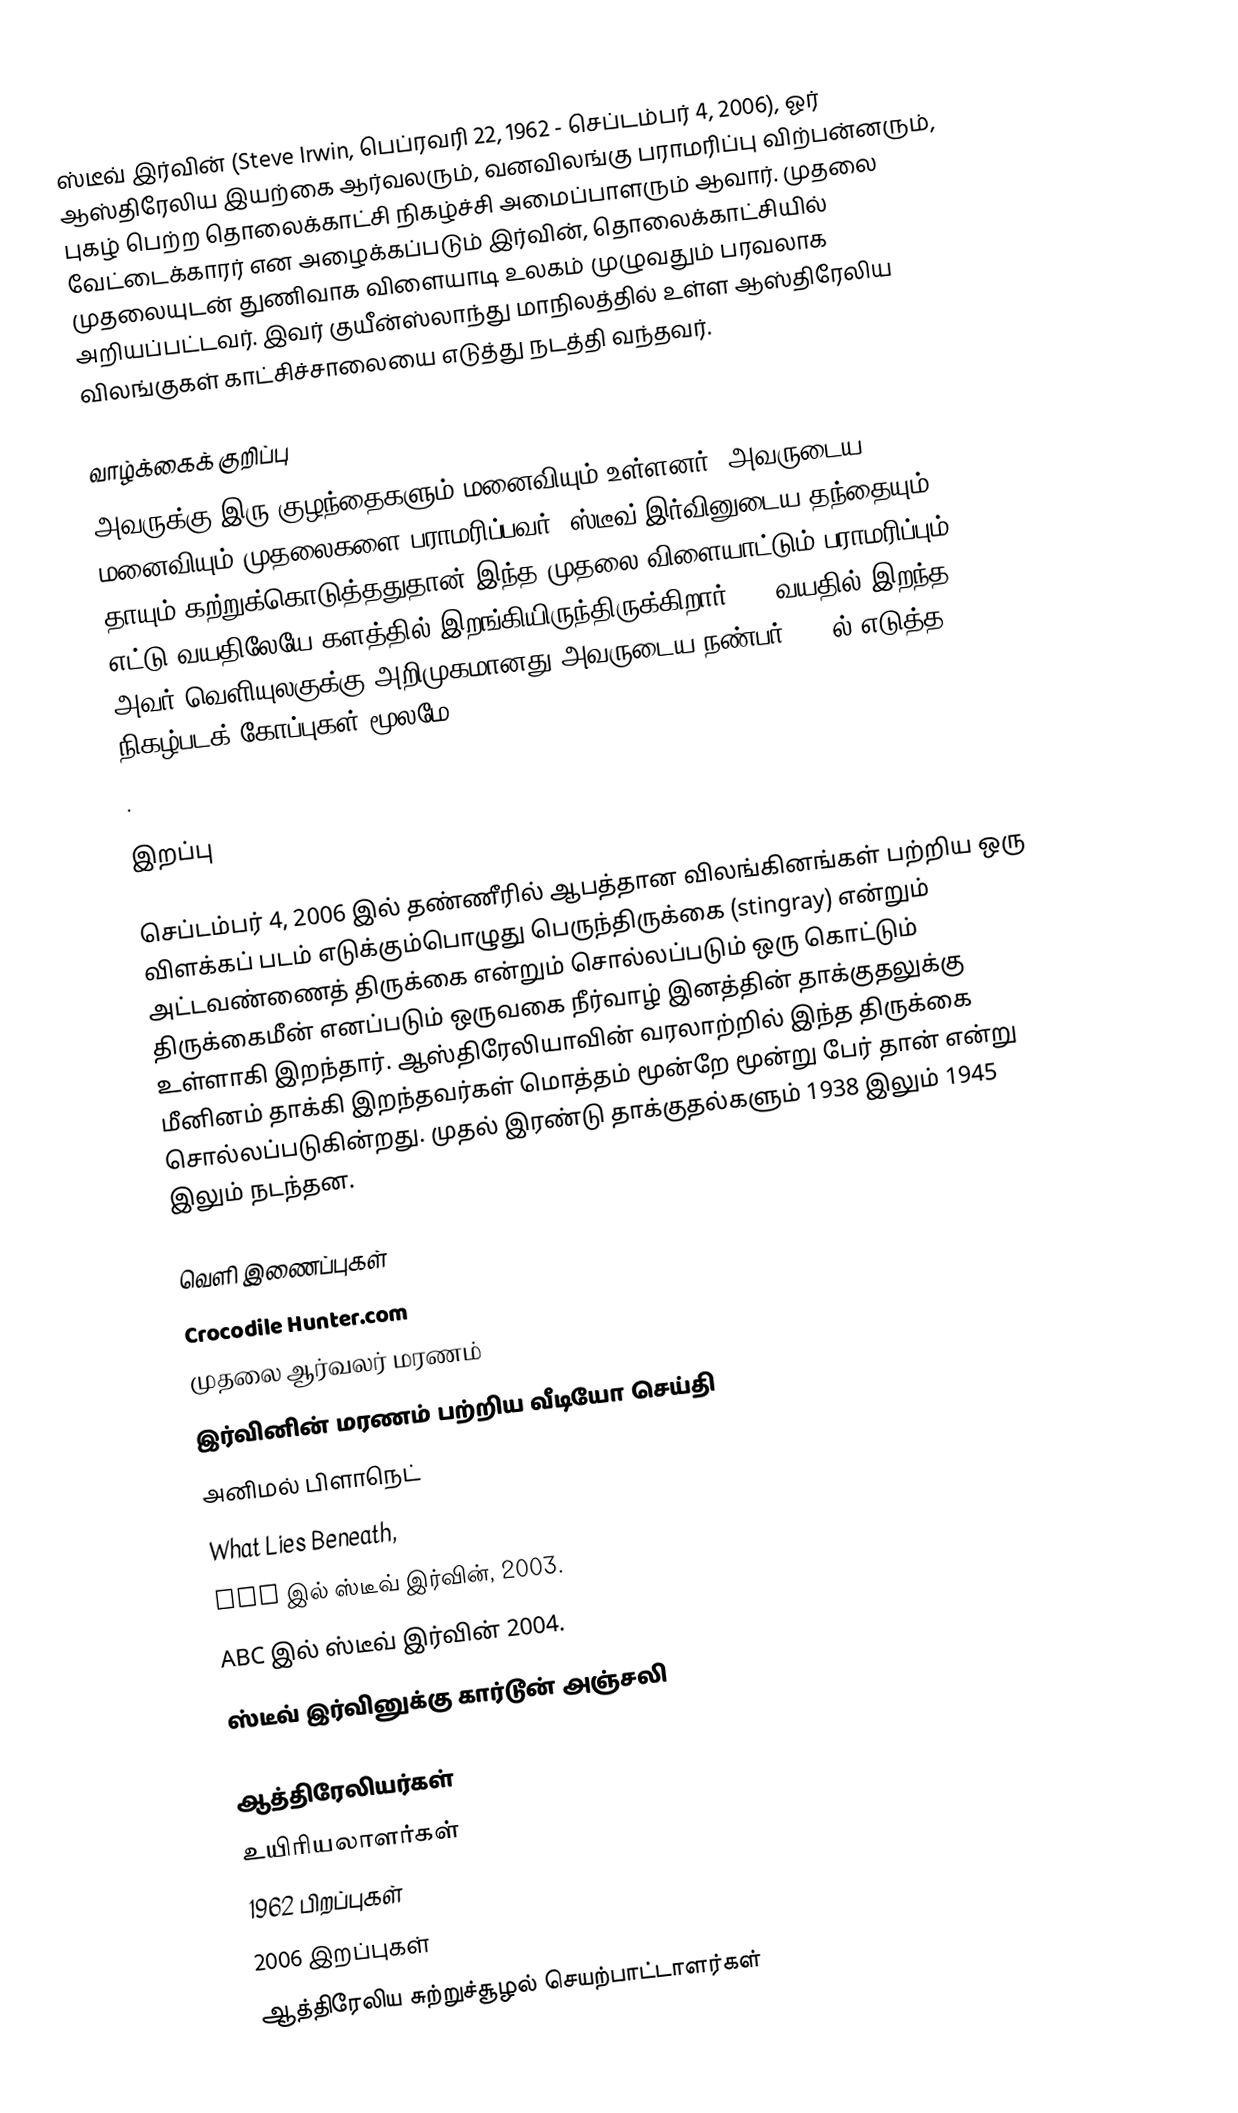
ஸ்டீவ் இர்வின் (Steve Irwin, பெப்ரவரி 22, 1962 - செப்டம்பர் 4, 2006), ஓர் ஆஸ்திரேலிய இயற்கை ஆர்வலரும், வனவிலங்கு பராமரிப்பு விற்பன்னரும், புகழ் பெற்ற தொலைக்காட்சி நிகழ்ச்சி அமைப்பாளரும் ஆவார். முதலை வேட்டைக்காரர் என அழைக்கப்படும் இர்வின், தொலைக்காட்சியில் முதலையுடன் துணிவாக விளையாடி உலகம் முழுவதும் பரவலாக அறியப்பட்டவர். இவர் குயீன்ஸ்லாந்து மாநிலத்தில் உள்ள ஆஸ்திரேலிய விலங்குகள் காட்சிச்சாலையை எடுத்து நடத்தி வந்தவர்.

வாழ்க்கைக் குறிப்பு
அவருக்கு இரு குழந்தைகளும் மனைவியும் உள்ளனர். அவருடைய மனைவியும் முதலைகளை பராமரிப்பவர். ஸ்டீவ் இர்வினுடைய தந்தையும் தாயும் கற்றுக்கொடுத்ததுதான் இந்த முதலை விளையாட்டும் பராமரிப்பும். எட்டு வயதிலேயே களத்தில் இறங்கியிருந்திருக்கிறார். 44 வயதில் இறந்த அவர் வெளியுலகுக்கு அறிமுகமானது அவருடைய நண்பர் 1990ல் எடுத்த நிகழ்படக் கோப்புகள் மூலமே.
.

இறப்பு

செப்டம்பர் 4, 2006 இல் தண்ணீரில் ஆபத்தான விலங்கினங்கள் பற்றிய ஒரு விளக்கப் படம் எடுக்கும்பொழுது பெருந்திருக்கை (stingray) என்றும் அட்டவண்ணைத் திருக்கை என்றும் சொல்லப்படும் ஒரு கொட்டும் திருக்கைமீன் எனப்படும் ஒருவகை நீர்வாழ் இனத்தின் தாக்குதலுக்கு உள்ளாகி இறந்தார். ஆஸ்திரேலியாவின் வரலாற்றில் இந்த திருக்கை மீனினம் தாக்கி இறந்தவர்கள் மொத்தம் மூன்றே மூன்று பேர் தான் என்று சொல்லப்படுகின்றது. முதல் இரண்டு தாக்குதல்களும் 1938 இலும் 1945 இலும் நடந்தன.

வெளி இணைப்புகள்
 Crocodile Hunter.com
 முதலை ஆர்வலர் மரணம்
 இர்வினின் மரணம் பற்றிய வீடியோ செய்தி
 அனிமல் பிளாநெட்
 What Lies Beneath,
 ABC இல் ஸ்டீவ் இர்வின், 2003.
 ABC இல் ஸ்டீவ் இர்வின் 2004.
 ஸ்டீவ் இர்வினுக்கு கார்டூன் அஞ்சலி

ஆத்திரேலியர்கள்
உயிரியலாளர்கள்
1962 பிறப்புகள்
2006 இறப்புகள்
ஆத்திரேலிய சுற்றுச்சூழல் செயற்பாட்டாளர்கள்